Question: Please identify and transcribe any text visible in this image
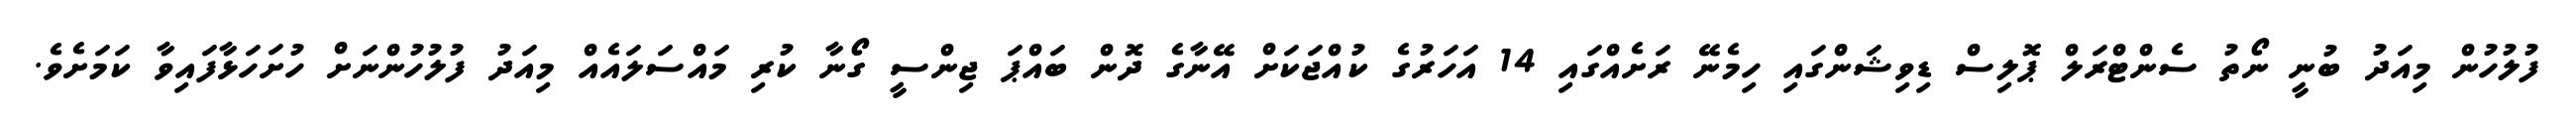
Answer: ފުލުހުން މިއަދު ބުނީ ނޯތު ސެންޓްރަލް ޕޮލިސް ޑިވިޝަންގައި ހިމެނޭ ރަށެއްގައި 14 އަހަރުގެ ކުއްޖަކަށް އޭނާގެ ދޮން ބައްޕަ ޖިންސީ ގޯނާ ކުރި މައްސަލައެއް މިއަދު ފުލުހުންނަށް ހުށަހަޅާފައިވާ ކަމަށެވެ.